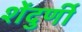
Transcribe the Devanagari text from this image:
शेंदुर्णी